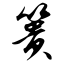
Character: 篑